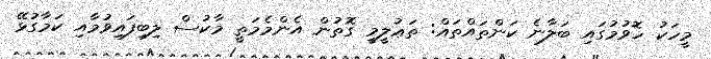
މީހަކު ހޮވުމުގައި ބަލާނެ ކަންތައްތައް: ތަޢުލީމީ ގޮތުން އެންމެމަތީ މާކުސް ލިބިފައިވުމާއި ކަމާގުޅޭ